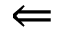
\Leftarrow